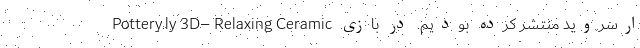
ارسروید منتشر کرده بودیم. در بازی Pottery.ly 3D– Relaxing Ceramic